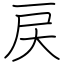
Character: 戻